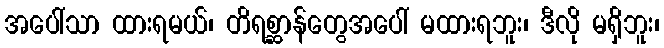
အပေါ်သာ ထားရမယ်၊ တိရစ္ဆာန်တွေအပေါ် မထားရဘူး၊ ဒီလို မရှိဘူး၊